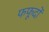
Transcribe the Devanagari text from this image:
फफूदों